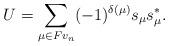
LaTeX: \begin{align*}U = \sum_{\mu \in F v_n} (-1)^{\delta(\mu)} s_\mu s^*_\mu.\end{align*}